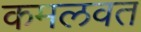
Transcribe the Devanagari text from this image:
कमलवत